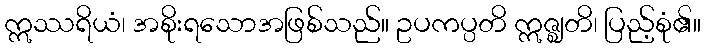
ဣဿရိယံ၊ အစိုးရသောအဖြစ်သည်။ ဥပကပ္ပတိ ဣဇ္ဈတိ၊ ပြည့်စုံ၏။